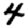
Digit: 4